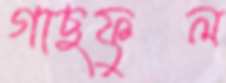
গাছফুল